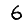
Digit: 6